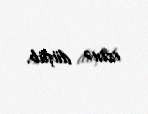
izinə düşüb.